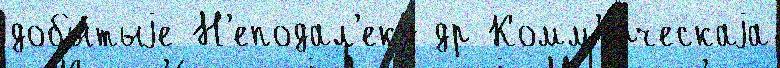
добытыjе Н'еподал'еку др Комм'е́рческаjа